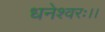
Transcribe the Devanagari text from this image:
धनेश्वरः।।